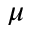
\mu